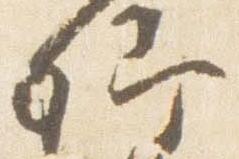
卿